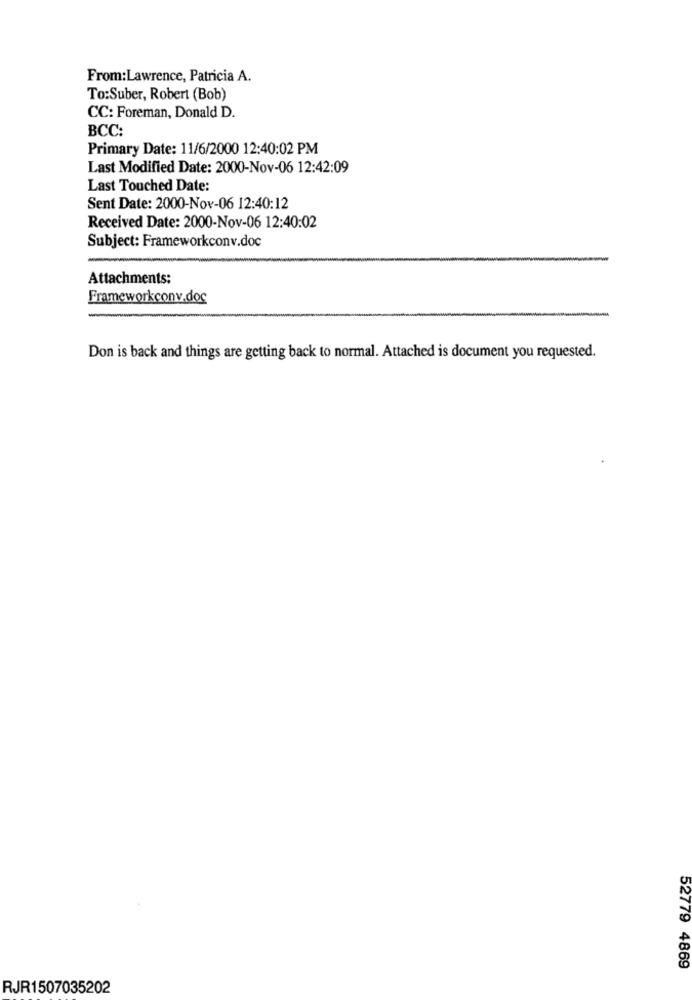
From:Lawrence, Patricia A.
To:Suber, Robert (Bob)
CC: Foreman, Donald D.
BCC:
Primary Date: 11/6/2000 12:40:02 PM
Last Modified Date: 2000-Nov-06 12:42:09
Last Touched Date:
Sent Date: 2000-Nov-06 12:40:12
Received Date: 2000-Nov-06 12:40:02
Subject: Frameworkconv.doc
Attachments:
Frameworkconv.doc
Don is back and things are getting back to normal. Attached is document you requested.
52779 4869
RJR1507035202